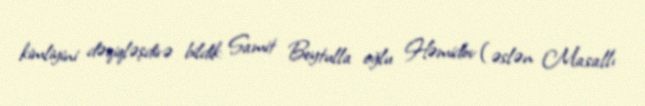
kimliyini dəqiqləşdirə bildik: Samit Beytulla oğlu Həmidov (əslən Masallı